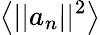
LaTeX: \left<||a_{n}||^{2}\right>